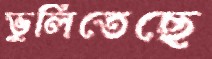
ভুলিতেছে